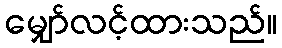
မျှော်လင့်ထားသည်။